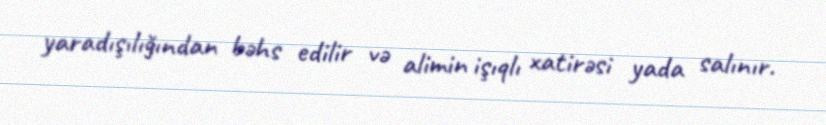
yaradışılığından bəhs edilir və alimin işıqlı xatirəsi yada salınır.